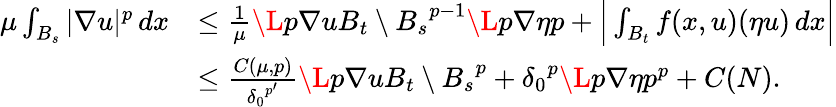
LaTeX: \begin{array}{rl}{\mu\int_{B_{s}}|\nabla u|^{p}\, dx}&{\le\frac{1}{\mu}\L{p}{\nabla u}{B_{t}\setminus B_{s}}^{p-1}\L{p}{\nabla\eta}{p}+\Big|\int_{B_{t}}f(x,u)(\eta u)\, dx\Big|}\\ &{\le\frac{C(\mu,p)}{{\delta_{0}}^{p^{\prime}}}\L{p}{\nabla u}{B_{t}\setminus B_{s}}^{p}+{\delta_{0}}^{p}\L{p}{\nabla\eta}{p}^{p}+C(N).}\end{array}